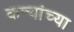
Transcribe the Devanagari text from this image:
कन्यांच्या